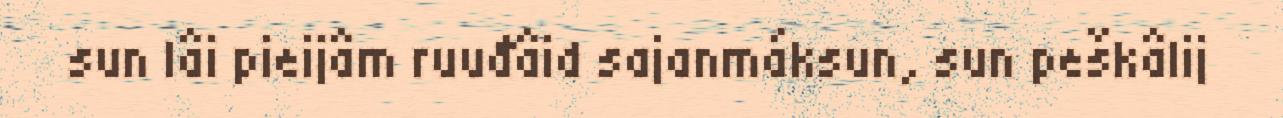
sun lâi pieijâm ruuđâid sajanmáksun, sun peškâlij